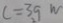
c = 3 . 9 W